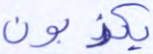
يكذبون